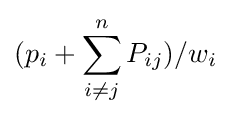
(p_{i}+\sum _{i\neq j}^{n}P_{ij})/w_{i}